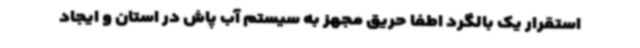
استقرار یک بالگرد اطفا حریق مجهز به سیستم آب پاش در استان و ایجاد